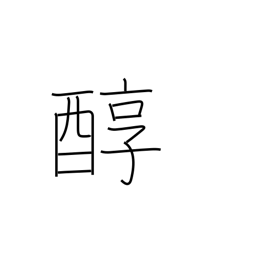
Meaning: pure sake